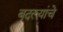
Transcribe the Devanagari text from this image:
बदल्यांचे